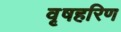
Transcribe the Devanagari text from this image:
वृषहरिण